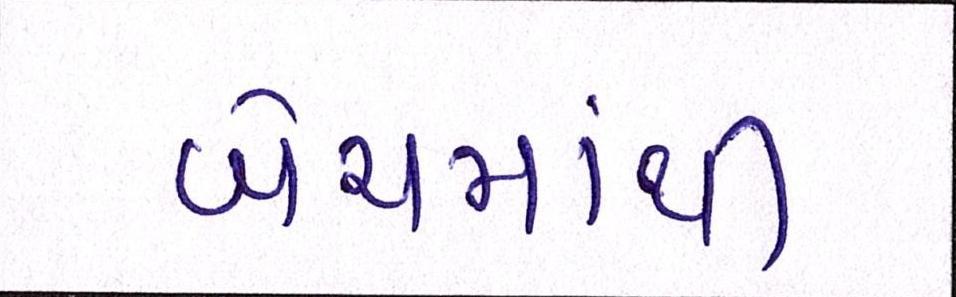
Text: બેચમાંથી